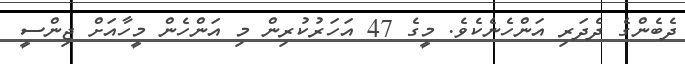
ދެބެންގެ ދެދަރި އަންހެނެކެވެ. މީގެ 47 އަހަރުކުރިން މި އަންހެން މީހާއަށް ޖިންސީ